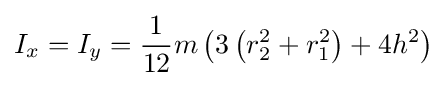
I_{x}=I_{y}={\frac {1}{12}}m\left(3\left(r_{2}^{2}+r_{1}^{2}\right)+4h^{2}\right)